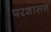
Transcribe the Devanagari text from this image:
परशासन